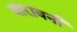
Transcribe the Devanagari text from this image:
बारावनी